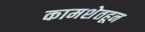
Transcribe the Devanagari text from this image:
कामशेतहून